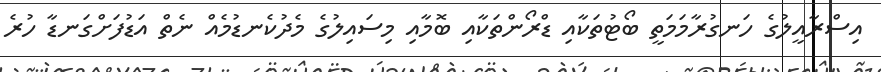
އިސްރާއީލުގެ ހަނގުރާމަމަތީ ބޯޓުތަކާއި ޑްރޯންތަކާއި ބޮމާއި މިސައިލުގެ މެދުކެނޑުމެއް ނެތް އަޑުފަށްގަނޑާ ހުރެ